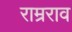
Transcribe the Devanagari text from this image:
राम्रराव